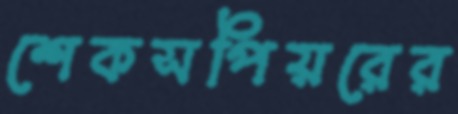
শেকসপিয়রের